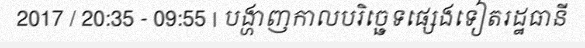
2017 / 20:35 - 09:55 | បង្ហាញកាលបរិច្ឆេទផ្សេងទៀតរដ្ឋធានី